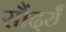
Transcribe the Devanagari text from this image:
सौंदर्यं